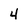
Character: 4